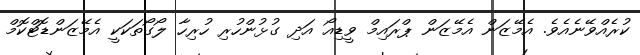
ކުރެއްވޭނެއެވެ. އެމޭޒަން އެމޭޒަން ޕްރައިމް ވީޑިއޯ އަދި ގުޅުންހުރި ހުރިހާ ލޯގޯތަކަކީ އެމޭޒަންޑޮޓްކޮމް